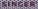
SINGER